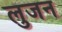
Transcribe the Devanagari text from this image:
लुजन